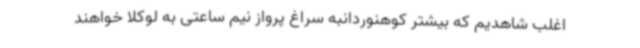
اغلب شاهدیم که بیشتر کوهنوردانبه سراغ پرواز نیم ساعتی به لوکلا خواهند